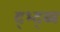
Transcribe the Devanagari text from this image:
द्भ्द्ब्ब